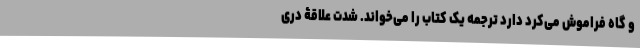
و گاه فراموش می‌کرد دارد ترجمه یک کتاب را می‌خواند. شدت علاقۀ دری